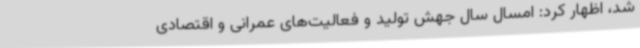
شد، ‌اظهار کرد: امسال سال جهش تولید و فعالیت‌های عمرانی و اقتصادی